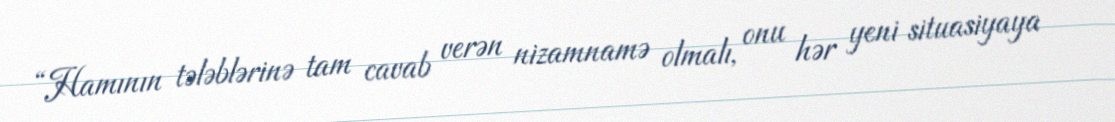
“Hamının tələblərinə tam cavab verən nizamnamə olmalı, onu hər yeni situasiyaya